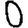
Digit: 0